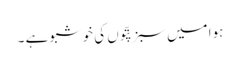
ہوا میں سبز پتّوں کی خوشبو ہے ۔